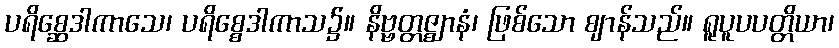
ပရိစ္ဆေဒါကာသေ၊ ပရိစ္စေဒါကာသ၌။ နိဗ္ဗတ္တဇ္ဈာနံ၊ ဖြစ်သော ဈာန်သည်။ ရူပူပပတ္တိယာ၊